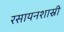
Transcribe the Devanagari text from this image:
रसायनशास्री